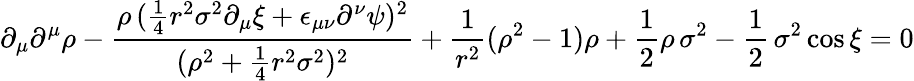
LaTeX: \partial_{\mu}\partial^{\mu}\rho-\frac{\rho\, (\frac{1}{4}r^{2}\sigma^{2}\partial_{\mu}\xi+\epsilon_{\mu\nu}\partial^{\nu}\psi)^{2}}{(\rho^{2}+\frac{1}{4}r^{2}\sigma^{2})^{2}}+\frac{1}{r^{2}}(\rho^{2}-1)\rho+\frac{1}{2}\rho\, \sigma^{2}-\frac{1}{2}\, \sigma^{2}\cos\xi=0